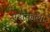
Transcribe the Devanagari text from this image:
पेड़ोंकाल।